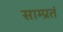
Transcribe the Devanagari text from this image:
साम्प्रतं